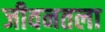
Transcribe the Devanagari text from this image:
जीवनतला